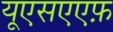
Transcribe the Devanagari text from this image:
यूएसएएफ़